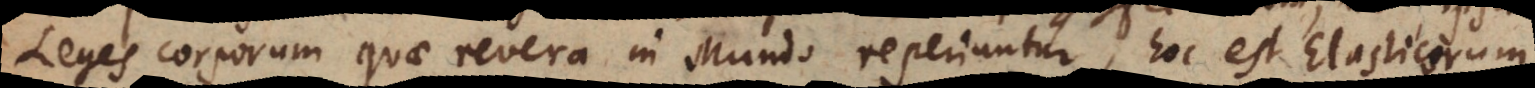
Leges corporum quae revera in Mundo reperiuntur, hoc est Elasticorum